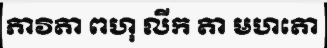
ភាវិតា ពហុ លីក តា មហតោ